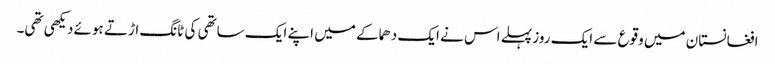
افغانستان میں وقوع سے ایک روز پہلے اس نے ایک دھماکے میں اپنے ایک ساتھی کی ٹانگ اڑتے ہوئے دیکھی تھی۔